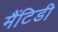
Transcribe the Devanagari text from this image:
मैंटिडी